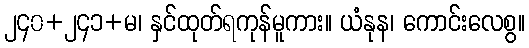
၂၄၀+၂၄၁+မ၊ နှင်ထုတ်ရကုန်မူကား။ ယံနုန၊ ကောင်းလေစွ။